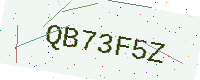
Text: QB73F5Z